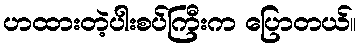
ဟထားတဲ့ပါးစပ်ကြီးက ပြောတယ်။